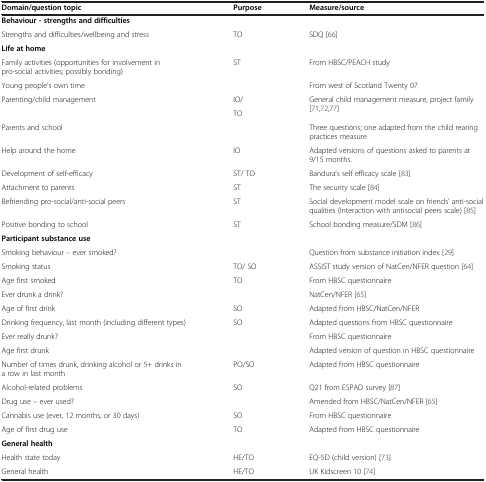
<table><thead><tr><td><b>Domain/question topic</b></td><td><b>Purpose</b></td><td><b>Measure/source</b></td></tr></thead><tbody><tr><td colspan="3"><b>Behaviour - strengths and difficulties</b></td></tr><tr><td>Strengths and difficulties/wellbeing and stress</td><td>TO</td><td>SDQ[66]</td></tr><tr><td colspan="3"><b>Life at home</b></td></tr><tr><td>Family activities (opportunities for involvement in pro-social activities; possibly bonding)</td><td>ST</td><td>From HBSC/PEACH study</td></tr><tr><td>Young people’s own time</td><td> </td><td>From west of Scotland Twenty 07</td></tr><tr><td rowspan="2">Parenting/child management</td><td>IO/</td><td rowspan="2">General child management measure, project family[71,72,77]</td></tr><tr><td>TO</td></tr><tr><td>Parents and school</td><td> </td><td>Three questions; one adapted from the child rearing practices measure</td></tr><tr><td>Help around the home</td><td>IO</td><td>Adapted versions of questions asked to parents at 9/15 months.</td></tr><tr><td>Development of self-efficacy</td><td>ST/ TO</td><td>Bandura’s self efficacy scale[83]</td></tr><tr><td>Attachment to parents</td><td>ST</td><td>The security scale[84]</td></tr><tr><td>Befriending pro-social/anti-social peers</td><td>ST</td><td>Social development model scale on friends’ anti-social qualities (Interaction with antisocial peers scale)[85]</td></tr><tr><td>Positive bonding to school</td><td>ST</td><td>School bonding measure/SDM[86]</td></tr><tr><td colspan="3"><b>Participant substance use</b></td></tr><tr><td>Smoking behaviour – ever smoked?</td><td> </td><td>Question from substance initiation index[29]</td></tr><tr><td>Smoking status</td><td>TO/ SO</td><td>ASSIST study version of NatCen/NFER question[64]</td></tr><tr><td>Age first smoked</td><td>TO</td><td>From HBSC questionnaire</td></tr><tr><td>Ever drunk a drink?</td><td> </td><td>NatCen/NFER[65]</td></tr><tr><td>Age of first drink</td><td>SO</td><td>Adapted from HBSC/NatCen/NFER</td></tr><tr><td>Drinking frequency, last month (including different types)</td><td>SO</td><td>Adapted questions from HBSC questionnaire</td></tr><tr><td>Ever really drunk?</td><td> </td><td>From HBSC questionnaire</td></tr><tr><td>Age first drunk</td><td> </td><td>Adapted version of question in HBSC questionnaire</td></tr><tr><td>Number of times drunk, drinking alcohol or 5+ drinks in a row in last month</td><td>PO/SO</td><td>Adapted from HBSC questionnaire</td></tr><tr><td>Alcohol-related problems</td><td>SO</td><td>Q21 from ESPAD survey[87]</td></tr><tr><td>Drug use – ever used?</td><td> </td><td>Amended from HBSC/NatCen/NFER[65]</td></tr><tr><td>Cannabis use (ever, 12 months, or 30 days)</td><td>SO</td><td>From HBSC questionnaire</td></tr><tr><td>Age of first drug use</td><td>TO</td><td>Adapted from HBSC questionnaire</td></tr><tr><td colspan="3"><b>General health</b></td></tr><tr><td>Health state today</td><td>HE/TO</td><td>EQ-5D (child version)[73]</td></tr><tr><td>General health</td><td>HE/TO</td><td>UK Kidscreen 10[74]</td></tr></tbody></table>